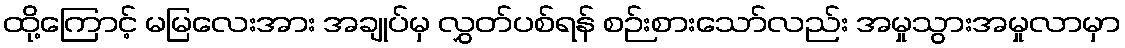
ထို့ကြောင့် မမြလေးအား အချုပ်မှ လွှတ်ပစ်ရန် စဉ်းစားသော်လည်း အမှုသွားအမှုလာမှာ